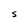
Character: S